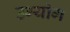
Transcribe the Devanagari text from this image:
उग्योग